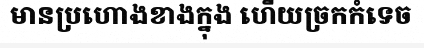
មានប្រហោងខាងក្នុង ហើយច្រកកំទេច